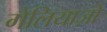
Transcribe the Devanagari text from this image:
गेलियाज़ो